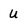
Character: U